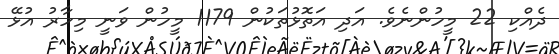
ދެއްކި 22 މީހުންނެވެ. އަދި އަތޮޅުތަކުން 1179 މީހުން ވަނީ މިހާރު އުޅޭ